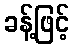
ခန့်ဖြင့်